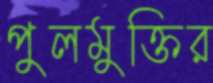
পুলমুক্তির